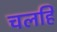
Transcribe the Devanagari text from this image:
चलहि